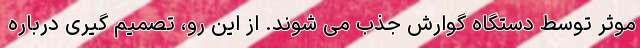
موثر توسط دستگاه گوارش جذب می شوند. از این رو، تصمیم گیری درباره